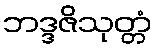
ဘဒ္ဒဇိသုတ္တံ